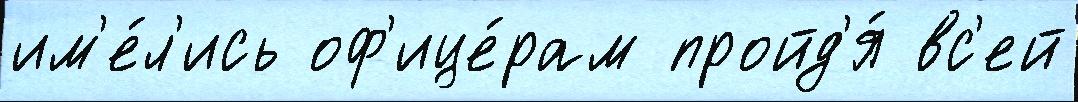
им'е́л'ись оф'ице́рам пройд'я́ вс'ей